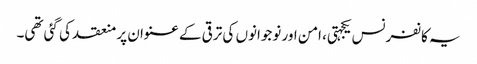
یہ کانفرنس یکجہتی، امن اور نوجوانوں کی ترقی کے عنوان پر منعقد کی گئی تھی۔